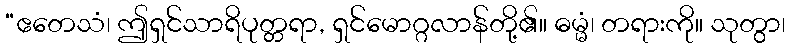
“ဧတေသံ၊ ဤရှင်သာရိပုတ္တရာ, ရှင်မောဂ္ဂလာန်တို့၏။ ဓမ္မံ၊ တရားကို။ သုတွာ၊